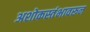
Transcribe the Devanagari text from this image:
अशोकस्तंभावरून